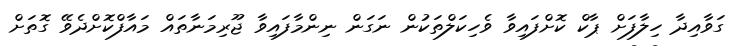
ގަވާއިދާ ހިލާފަށް ޕާކް ކޮށްފައިވާ ވެހިކަލްތަކުން ނަގަން ނިންމާފައިވާ ޖޫރިމަނާތައް މައާފްކޮށްދެވޭ ގޮތަށް